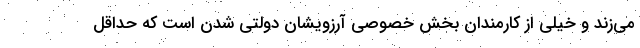
می‌زند و خیلی از کارمندان بخش خصوصی آرزویشان دولتی شدن است که حداقل